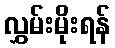
လွှမ်းမိုးရန်